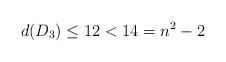
LaTeX: \begin{align*}d(D_3)\le 12<14=n^2-2 \end{align*}